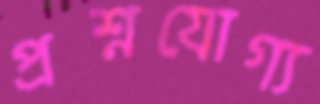
প্রশ্নযোগ্য